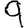
Digit: 9